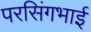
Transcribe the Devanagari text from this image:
परसिंगभाई